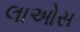
લાઓસ